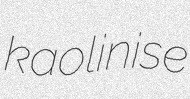
kaolinise